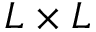
L \times L